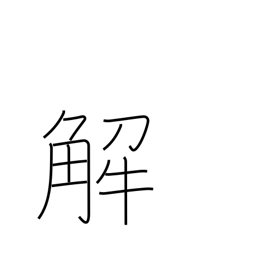
Meaning: notes